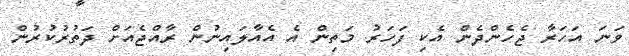
ވަނަ އަހަރާ ޖެހެންދެން އެކި ފަހަރު މަތިން އެ އެއާލައިނުން ރާއްޖެއަށް ދަތުރުކުރުން